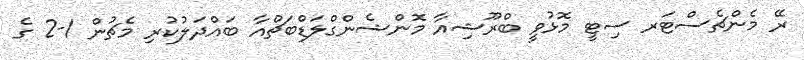
ރޭ މެންޗެސްޓަރ ސިޓީ މޮޅުވީ ބްރޫޝިއާ މޮންޝެންގްލަޑްބަޗްއާ ބައްދަލުކުރި މެޗުން 1-2 ގެ